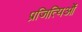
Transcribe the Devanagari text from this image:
प्रजित्यिओं